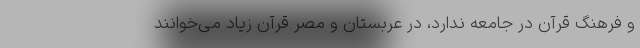
و فرهنگ قرآن در جامعه ندارد، در عربستان و مصر قرآن زیاد می‌خوانند